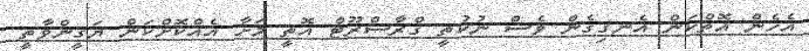
އެހެން އޮތްކަން އެނގިގެން ވެސް ނުކުތީ ގްރާސްރޫޓް އޮތީ މަށާ އެއްކޮށްކަން ޔަގީންވާތީ